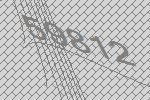
59812